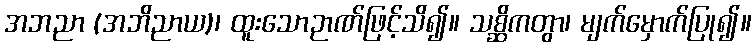
အဘညာ (အဘိညာယ)၊ ထူးသောဉာဏ်ဖြင့်သိ၍။ သစ္ဆိကတွာ၊ မျက်မှောက်ပြု၍။